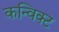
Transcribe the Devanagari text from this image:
कन्विक्ट